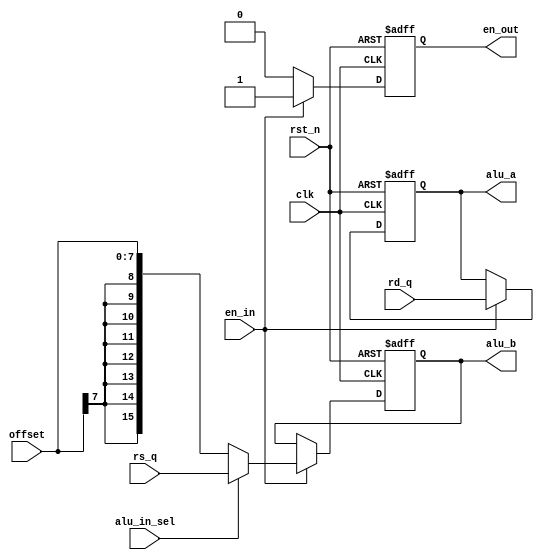
/* verilator lint_off UNUSED */
`timescale 1 ns / 1 ns
module alu_mux #(
	parameter DWIDTH = 16
)(
	input clk, rst_n, en_in,
	input alu_in_sel,
	input [7:0] offset,
	input  [DWIDTH - 1 : 0] rd_q, rs_q,
	output reg [DWIDTH - 1 : 0] alu_a, alu_b,
	output reg en_out
);

	always @(negedge rst_n or posedge clk) begin
		if (rst_n ==1'b0) begin
			alu_a <= 16'd0;
			alu_b <= 16'd0;
			en_out  <= 1'b0;
		end		
		else if(en_in == 1'b1) begin
			en_out  <= 1'b1;
			alu_a <= rd_q;
     	      if(alu_in_sel == 0) begin
     	          alu_b <= {{8{offset[7]}},offset[7:0]}; 
     	      end
     	      else if(alu_in_sel == 1) begin
     	          alu_b = rs_q;
     	      end
		end
		else begin
			en_out  <= 1'b0;
		end
    end

endmodule